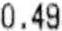
0.49